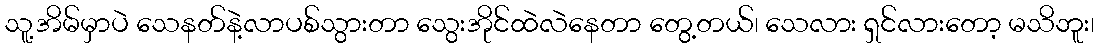
သူ့အိမ်မှာပဲ သေနတ်နဲ့လာပစ်သွားတာ သွေးအိုင်ထဲလဲနေတာ တွေ့တယ်၊ သေလား ရှင်လားတော့ မသိဘူး၊